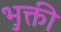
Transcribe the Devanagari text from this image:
भुक्ती